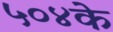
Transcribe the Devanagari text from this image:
५०४के